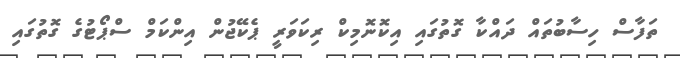
ތަފާސް ހިސާބުތައް ދައްކާ ގޮތުގައި އިކޮނޮމިކް ރިކަވަރީ ޕެކޭޖުން އިންކަމް ސްޕޯޓުގެ ގޮތުގައި